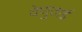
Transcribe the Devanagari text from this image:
वेणुताई